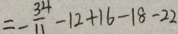
= - \frac { 3 4 } { 1 1 } - 1 2 + 1 6 - 1 8 - 2 2